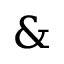
\&